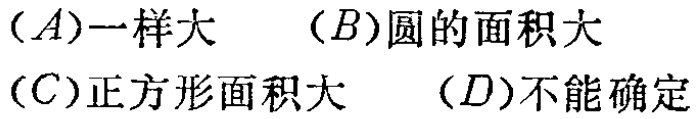
（A）一样大 （B）圆的面积大 （C）正方形面积大 （D）不能确定